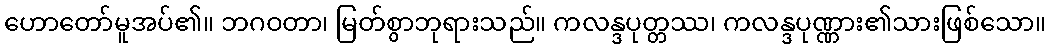
ဟောတော်မူအပ်၏။ ဘဂဝတာ၊ မြတ်စွာဘုရားသည်။ ကလန္ဒပုတ္တဿ၊ ကလန္ဒပုဏ္ဏား၏သားဖြစ်သော။